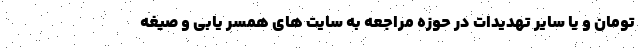
تومان و یا سایر تهدیدات در حوزه مراجعه به سایت های همسر یابی و صیغه